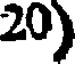
20)